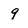
Character: 9